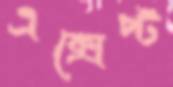
এক্সেপ্ট